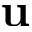
\mathbf { u }